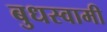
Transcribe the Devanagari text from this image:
बुधस्वामी